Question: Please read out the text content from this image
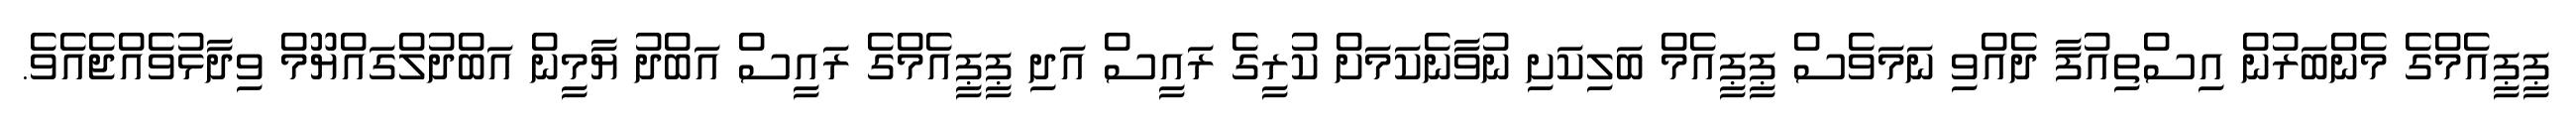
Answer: ޕީޕީއެމްގެ މެންބަރުން އިސްތިއުފާ ދެއްވި ނަމަވެސް ޕީޕީއެމް ބަލިކަށި ނުވާނެކަމަށް ކުރީގެ ރައީސް އަދި ޕީޕީއެމްގެ ރައީސް އަބްދު ޔާމީން އަބްދުލްގައްޔޫމް ވިދާޅުވެއްޖެއެވެ.